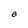
Character: a